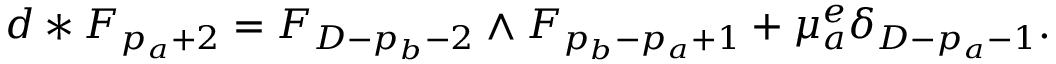
d * F _ { p _ { a } + 2 } = F _ { D - p _ { b } - 2 } \wedge F _ { p _ { b } - p _ { a } + 1 } + \mu _ { a } ^ { e } \delta _ { D - p _ { a } - 1 } .